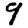
Digit: 9